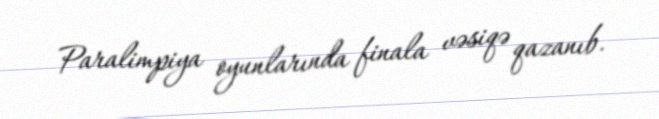
Paralimpiya oyunlarında finala vəsiqə qazanıb.